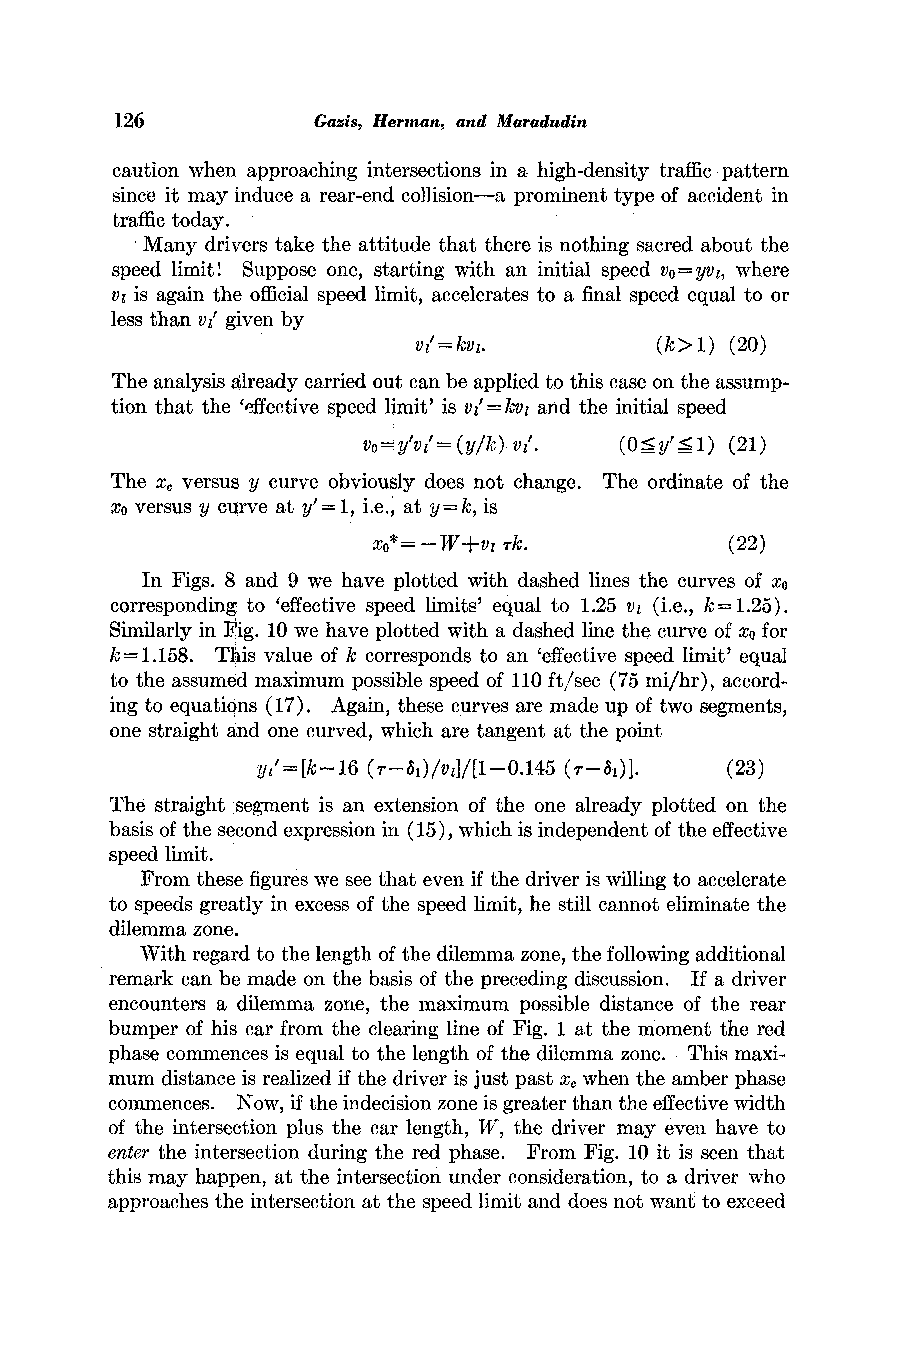
126          Gazis, Herman, and Maradudin
 caution when approaching intersections in a high-density traffic pattern
 since it may induce a rear-end collision-a prominent type of accident in
 traffic today.
 Many drivers take the attitude that there is nothing sacred about the
 speed limit! Suppose one, starting with an initial speed vo=yvi, where
 v1 is again the official speed limit, accelerates to a final speed equal to or
 less than vi' given by
 vI'= k v.       (k> 1) (20)
 The analysis already carried out can be applied to this case on the assump-
 tion that the 'effective speed limit' is vi'= kv, and the initial speed
 vo= y'vz'-(y/k) vz'. (O<y'<1) (21)
 The x, versus y curve obviously does not change. The ordinate of the
 xo versus y curve at y'-1, i.e., at y=k, is
 xO* =-W+v, rk.         (22)
 In Figs. 8 and 9 we have plotted with dashed lines the curves of xo
 corresponding to 'effective speed limits' equal to 1.25 vi (i.e., k=1.25).
 Similarly in Pig. 10 we have plotted with a dashed line the curve of xo for
 k = 1.158. This value of k corresponds to an 'effective speed limit' equal
 to the assumed maximum possible speed of 110 ft/sec (75 mi/hr), accord-
 ing to equations (17). Again, these curves are made up of two segments,
 one straight and one curved, which are tangent at the point
 yt'=[k-16 (,r-31)1v1/[1-0.145 (,r-301) (23)
 The straight segment is an extension of the one already plotted on the
 basis of the second expression in (15), which is independent of the effective
 speed limit.
 From these figures we see that even if the driver is willing to accelerate
 to speeds greatly in excess of the speed limit, he still cannot eliminate the
 dilemma zone.
 With regard to the length of the dilemma zone, the following additional
 remark can be made on the basis of the preceding discussion. If a driver
 encounters a dilemma zone the maximum possible distance of the rear
 bumper of his car from the clearing line of Fig. 1 at the moment the red
 phase commences is equal to the length of the dilemma zone. This maxi-
 mum distance is realized if the driver is just past xc when the amber phase
 commences. Now, if the indecision zone is greater than the effective width
 of the intersection plus the car length, W, the driver may even have to
 enter the intersection during the red phase. From Fig. 10 it is seen that
 this may happen, at the intersection under consideration, to a driver who
 approaches the intersection at the speed limit and does not want to exceed